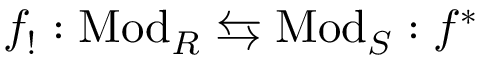
f _ { ! } : { \mathrm { M o d } } _ { R } \leftrightarrows { \mathrm { M o d } } _ { S } : f ^ { * }